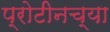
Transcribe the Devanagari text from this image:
प्रोटीनच्या